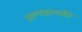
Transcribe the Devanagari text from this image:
अल्पसंख्यकोँ